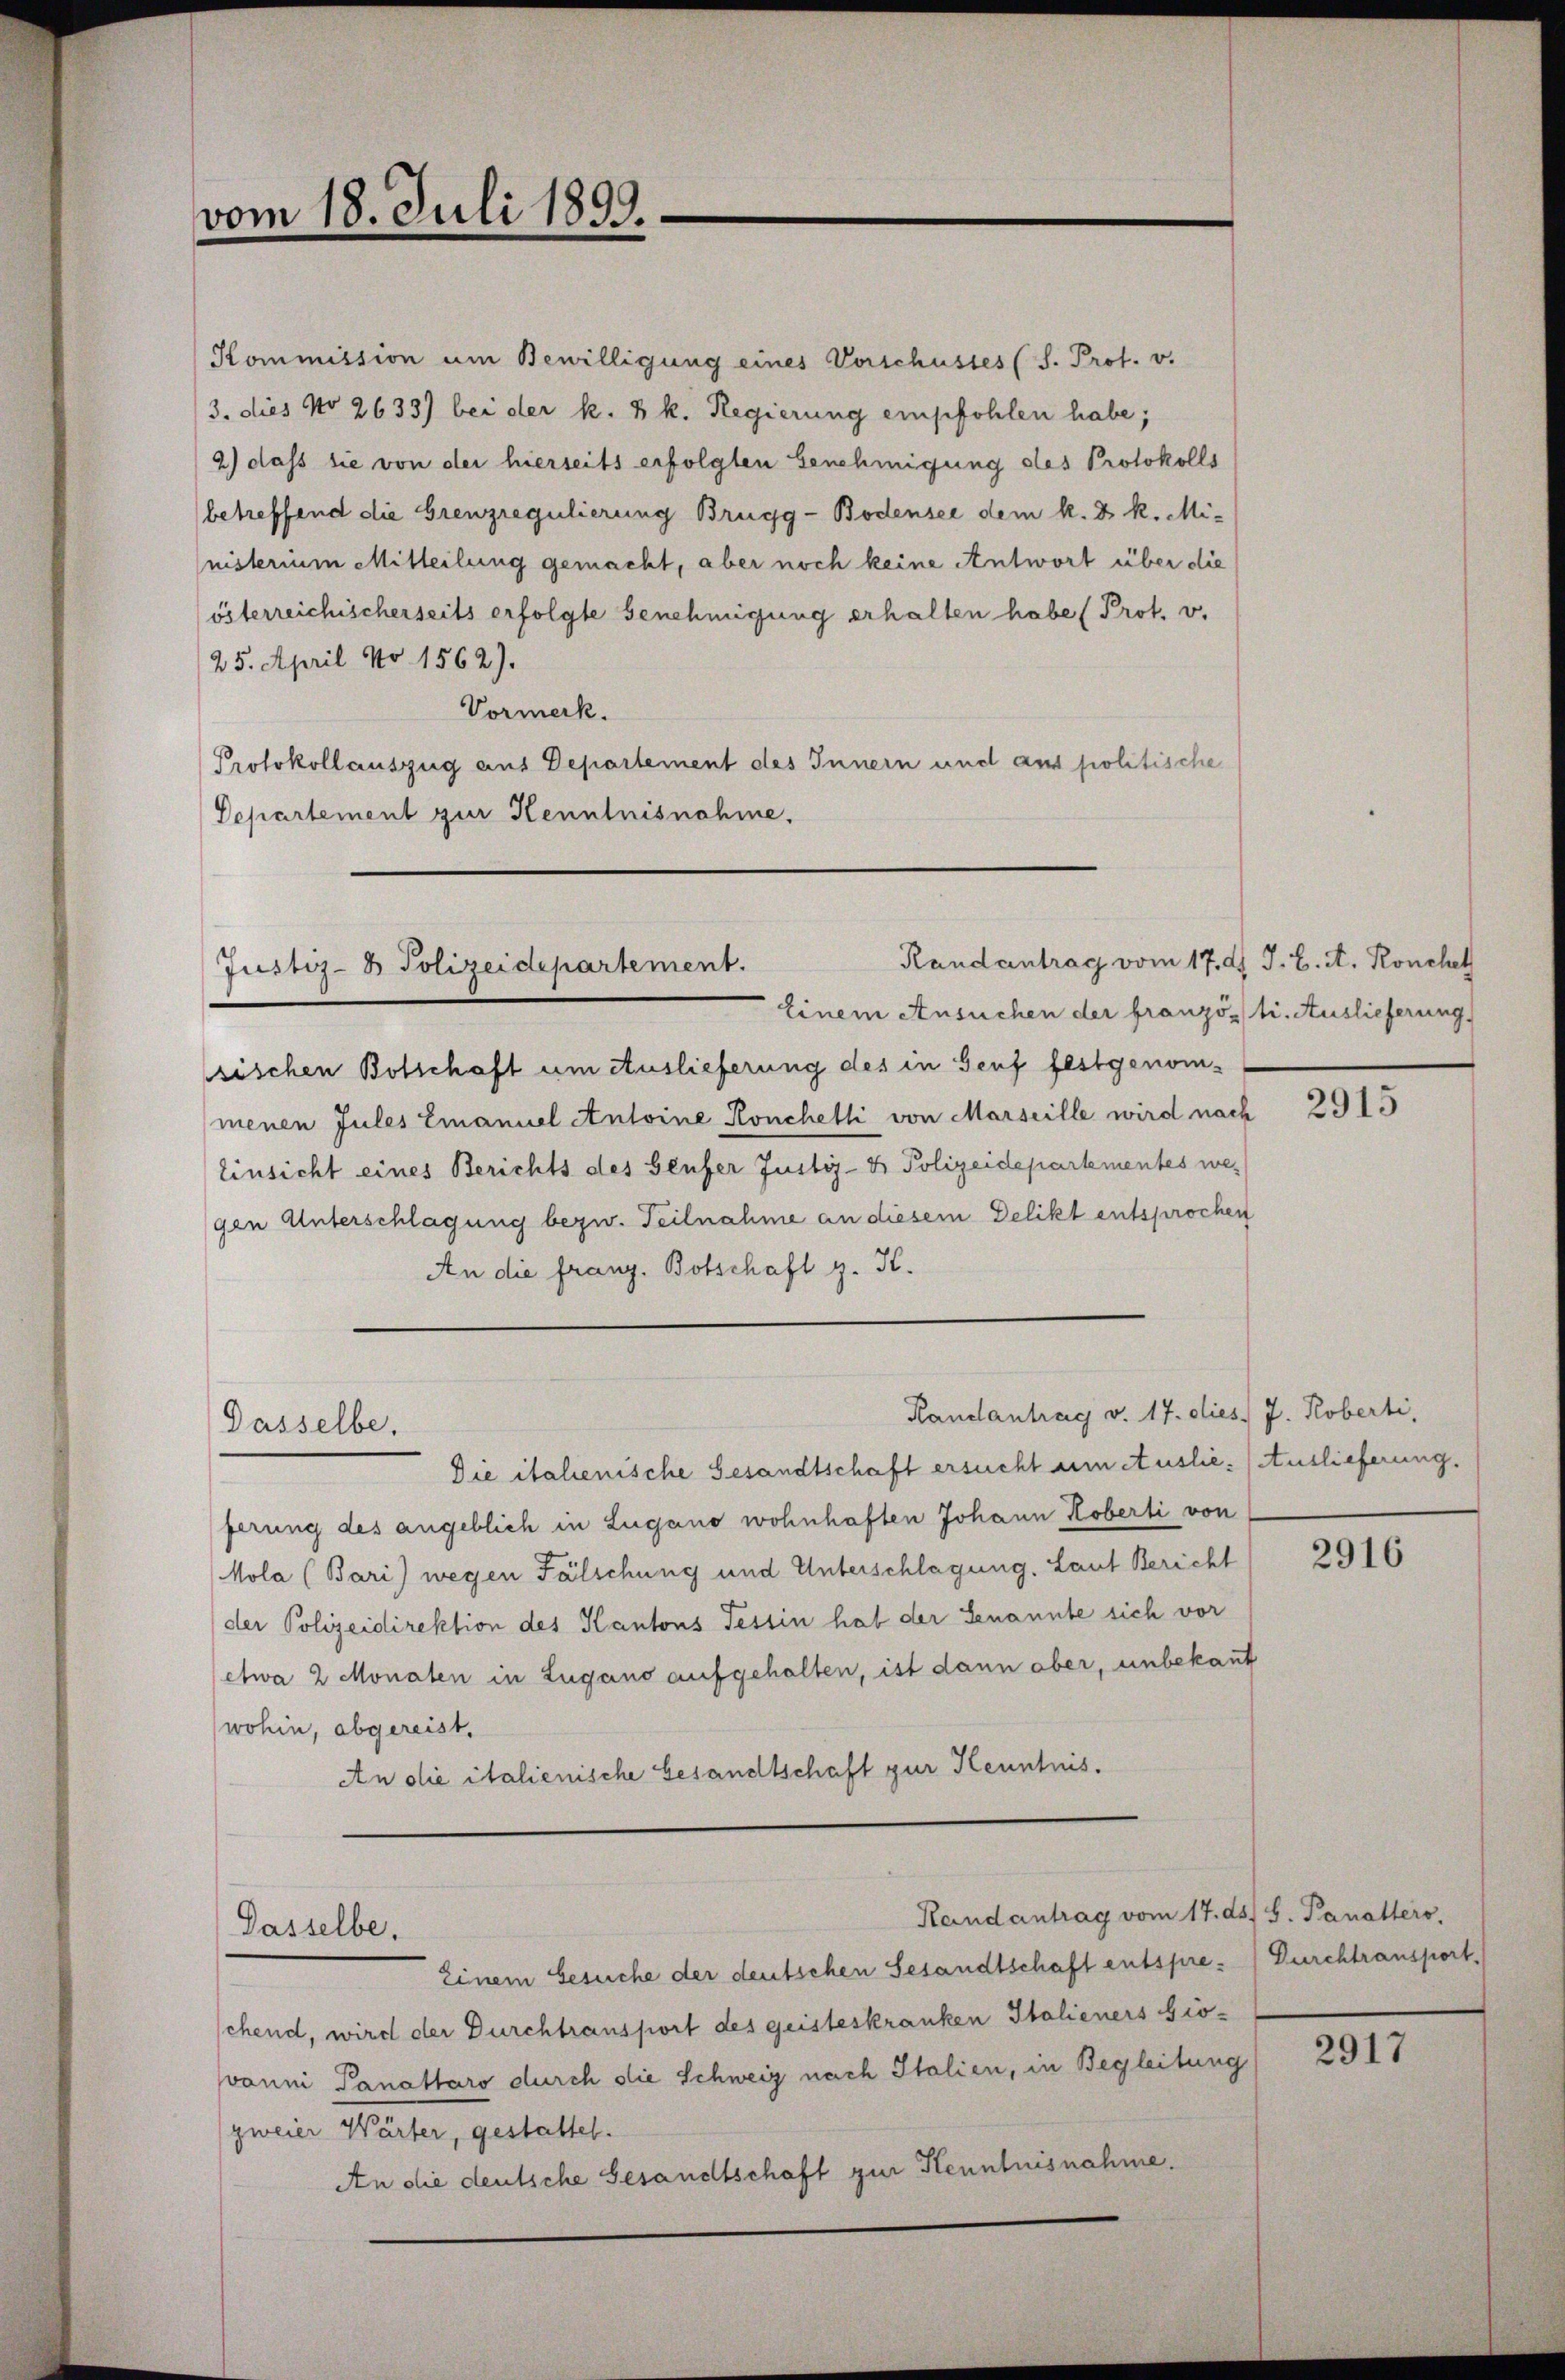
vom 18. Juli 1899.

Kommission um Bewilligung eines Vorschustes (S. Prof. v.
3. dies No 2633) bei der k. k k. Regierung empfohlen habe;
2) dass sie von der hierseits erfolgten Genehmigung des Protokolls
betreffend die Grenzregulierung Brugg-Bodensee dem k. k. Mi-
nisterium Mitteilung gemacht, aber noch keine Antwort über die
österreichischerseits erfolgte Genehmigung erhalten habe (Prot. v.
25. April No 1562).
Vormerk.
Protokollauszug aus Departement des Innern und aus politische
Departement zur Kenntnisnahme.

Randantrag vom 17. d. J. B. A. Ronchet
Einem Ansuchen der französti. Auslieferung,
sischen Botschaft um Auslieferung des in Senf festgenommenen Jules Emanuel Antoine Konchelli von Marseille wird nach
Einsicht eines Berichts des Genfer Justiz- & Polizeidepartementes wegen Unterschlagung bezw. Teilnahme an diesem Delikt entsprochen
An die franz. Botschaft z. K.
Randantrag v. 17. dies J. Roberti
Die italienische Gesandtschaft ersucht um Auslie. (Auslieferung.
ferung des angeblich in Lugano wohnhaften Johann Koberti von
Mola (Bari) wegen Fälschung und Unterschlagung, Laut Bericht
der Polizeidirektion des Kantons Tessin hab der Genannte sich vor
etwa 2 Monaten in Lugano aufgehalten, ist dann aber, unbekannt
wohin, abgereist.
An die italienische Gesandtschaft zur Kenntnis.
Randantrag vom 17. ds. S. Panatters,
Dasselbe,
einem Gesuche der deutschen Gesandtschaft entspre- (Durchtransport.
schend, wird der Durchtransport des geisteskranken Italieners Gio-
vanni Panattaro durch die Schweiz nach Italien, in Begleitung
zweier Wärter, gestattet.
An die deutsche Gesandtschaft zur Kenntnisnahme.

Justiz- & Polizeidepartement.

Dasselbe.

2915

2916

2917